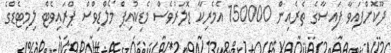
ދޫކޮށްފައިވާ ފައިސާގެ ތެރެއިން 150000 އެމެރިކާ ޑޮލަރުވެސް މެޑިކުއިޕް މޯލްޑިވްސް ޕްރައިވެޓް ލިމިޓެޑްގެ